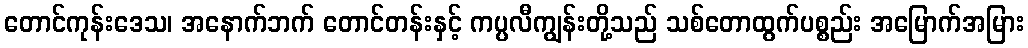
တောင်ကုန်းဒေသ၊ အနောက်ဘက် တောင်တန်းနှင့် ကပ္ပလီကျွန်းတို့သည် သစ်တောထွက်ပစ္စည်း အမြောက်အမြား